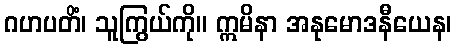
ဂဟပတိံ၊ သူကြွယ်ကို။ ဣမိနာ အနုမောဒနီယေန၊